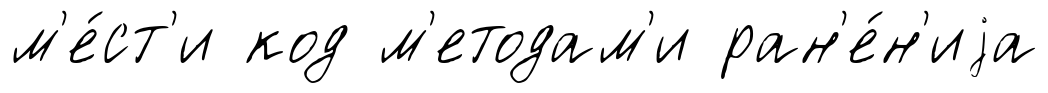
м'е́ст'и код м'етодам'и ран'е́н'иjа